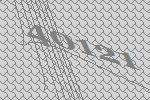
40121